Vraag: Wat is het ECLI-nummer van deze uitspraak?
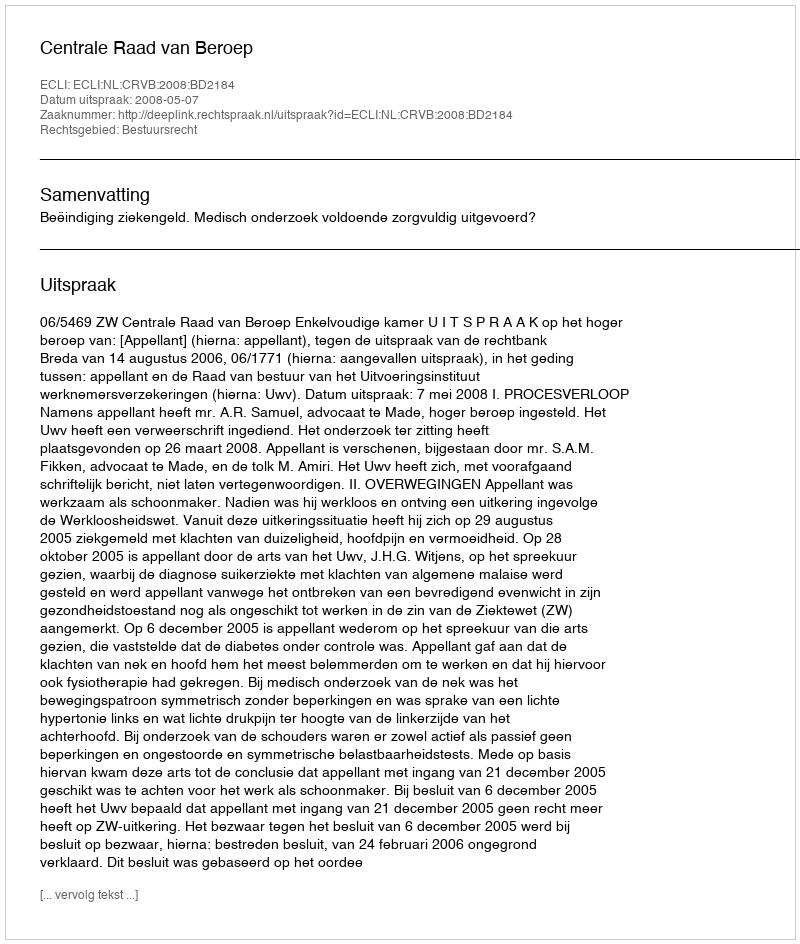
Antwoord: ECLI:NL:CRVB:2008:BD2184